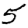
Digit: 5